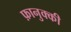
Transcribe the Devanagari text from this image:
फ़ानुक्की